Civil Veterinary Department Bihar & Orissa reports 1911-21 - 1911-1921
Year: 1911
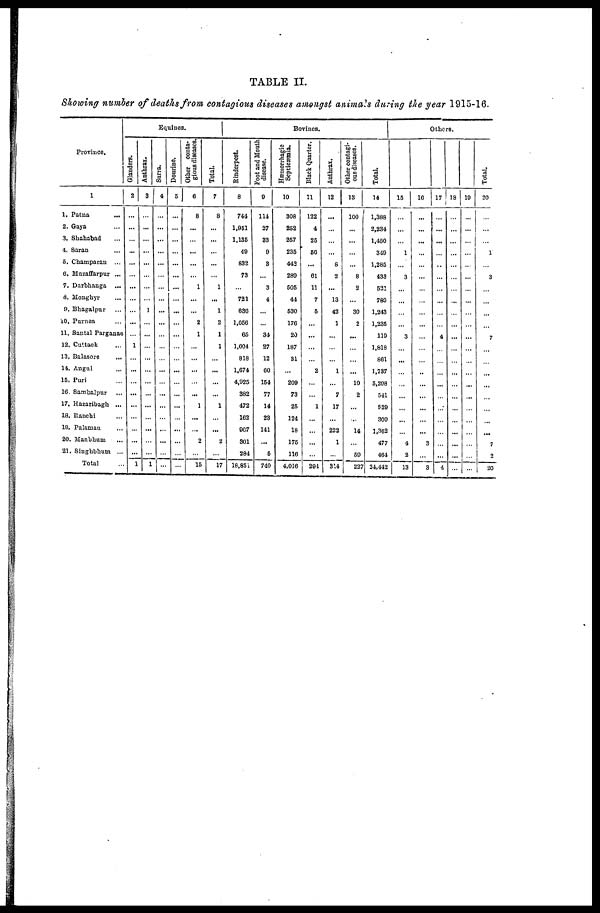
TABLE
II.
Showing
number
of deaths from
contagious
diseases
amongst
animals
during
the year
1915-16.
Province.
1
1. Patna ...
2. Gaya ...
3. Shahabad ...
4. Saran ...
5. Champaran ...
6. Muzaffarpur ...
7. Darbhanga ...
8. Monghyr ...
9. Bhagalpur ...
10. Purnea ...
11. Santal Parganas
12. Cuttack ...
13. Balasore
...
14. Angul ...
15. Puri ...
16. Sambalpur ...
17. Hazaribagh ...
18. Ranchi ...
19. Palaman ...
20. Manbhum
...
21. Singhbhum ...
Total
Equines
Glanders.
2
...
...
...
...
...
...
...
...
...
...
...
1
...
...
...
...
...
...
...
...
...
1
Anthrax.
3
...
...
...
...
...
....
...
...
1
...
...
...
...
...
...
...
...
...
...
...
...
1
Surra.
4
...
...
...
...
...
...
...
...
...
...
...
...
...
...
...
...
...
...
...
...
...
...
Dourine.
5
...
...
...
...
...
...
...
...
...
...
...
...
...
...
...
...
...
...
...
...
...
...
Other conta-
gious diseases.
6
8
...
...
...
...
...
1
...
...
2
1
...
...
...
...
...
1
...
...
2
...
15
Total.
7
8
...
...
...
...
...
1
...
1
2
1
1
...
...
...
...
1
...
...
2
...
17
Bovines.
Rinderpest.
8
744
1,951
1,136
49
832
73
...
721
636
1,056
65
1,604
818
1,674
4,925
382
472
162
907
301
284
18,851
Foot and Mouth
disease.
9
114
27
33
9
3
...
3
4
...
...
34
27
12
60
154
77
14
23
141
...
5
740
Hæmorrhagie
Septicæmia.
10
308
252
257
235
442
289
505
44
530
176
20
187
31
...
209
73
25
124
18
175
116
4.016
Black Quarter.
11
122
4
25
56
...
61
11
7
5
...
...
...
...
2
...
...
1
...
...
...
291
Anthrax,
12
...
...
...
...
8
2
...
13
42
1
...
...
...
1
...
7
17
...
222
1
...
314
Other contagi-
ous diseases.
13
100
...
...
...
...
8
2
...
30
2
...
...
...
...
10
2
...
...
14
...
59
22
Total.
14
1,388
2,234
1,450
349
1,285
433
521
780
1,243
1,235
119
1,818
861
1,737
5,208
541
529
309
1,362
477
464
24,442
Others.
15
...
...
...
1
...
3
...
...
...
...
3
...
...
...
...
...
...
...
...
4
2
13
16
...
...
...
...
...
...
...
...
...
...
...
...
...
...
...
...
...
...
...
3
...
3
17
...
...
...
...
...
...
...
...
...
...
4.
...
...
...
...
...
...
...
...
...
...
4
18
...
...
...
...
...
...
...
...
...
...
...
...
...
...
...
...
...
...
...
...
...
...
19
...
...
...
...
...
...
...
...
...
...
...
...
...
...
...
...
...
...
...
...
...
...
Total.
20
...
...
...
1
...
3
...
...
...
...
7
...
...
...
...
...
...
...
...
7
2
20